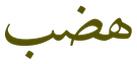
ھضب